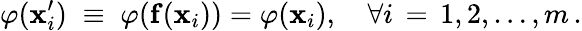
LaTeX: \varphi(\mathbf{x}_{i}^{\prime})\; \equiv\; \varphi(\mathbf{f}(\mathbf{x}_{i}))=\varphi(\mathbf{x}_{i}),\quad\forall i\, =\, 1,2,\ldots,m\, .